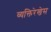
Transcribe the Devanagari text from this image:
व्यक्तिरेखेस